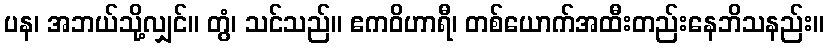
ပန၊ အဘယ်သို့လျှင်။ တွံ၊ သင်သည်။ ဧကဝိဟာရီ၊ တစ်ယောက်အထီးတည်းနေဘိသနည်း။